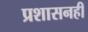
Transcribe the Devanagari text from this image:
प्रशासनही